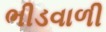
ભીડવાળી